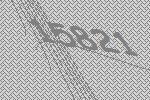
15821